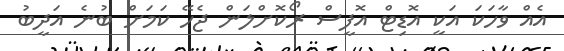
އެއް ވާހަކަ އަކީ އޮޑިޓް އޮފީސް ރޯކޮށްލަން ޖެހޭ ކަމަށް ބުނެ އަދީބު